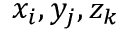
x _ { i } , y _ { j } , z _ { k }